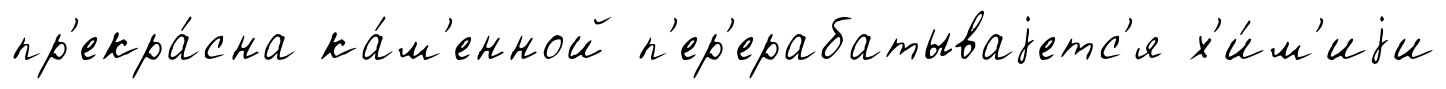
пр'екра́сна ка́м'енной п'ер'ерабатываjетс'я х'и́м'иjи